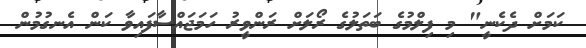
ކަމަށް ދެކެނީ" މި ފިލްމުގެ ބަތަލުގެ ރޯލަށް ރަންވީރު ހަމަޖައްސާފައިވާ ކަން އެނގުމުން